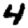
Digit: 4